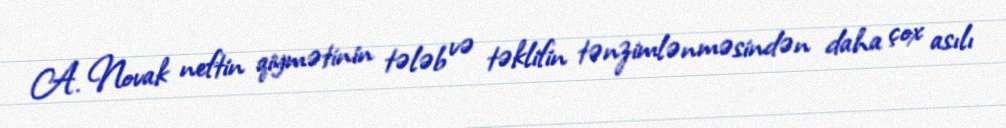
A. Novak neftin qiymətinin tələb və təklifin tənzimlənməsindən daha çox asılı